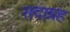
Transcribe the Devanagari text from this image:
सदाग्रह